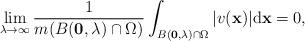
LaTeX: \begin{align*} \lim_{\lambda\to \infty}\frac{1}{m(B(\mathbf 0,\lambda)\cap\Omega)}\int_{B(\mathbf 0,\lambda)\cap \Omega}\vert v(\mathbf x)\vert \mathrm d \mathbf x=0, \end{align*}